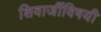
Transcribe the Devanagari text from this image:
शिवाजींविषयी